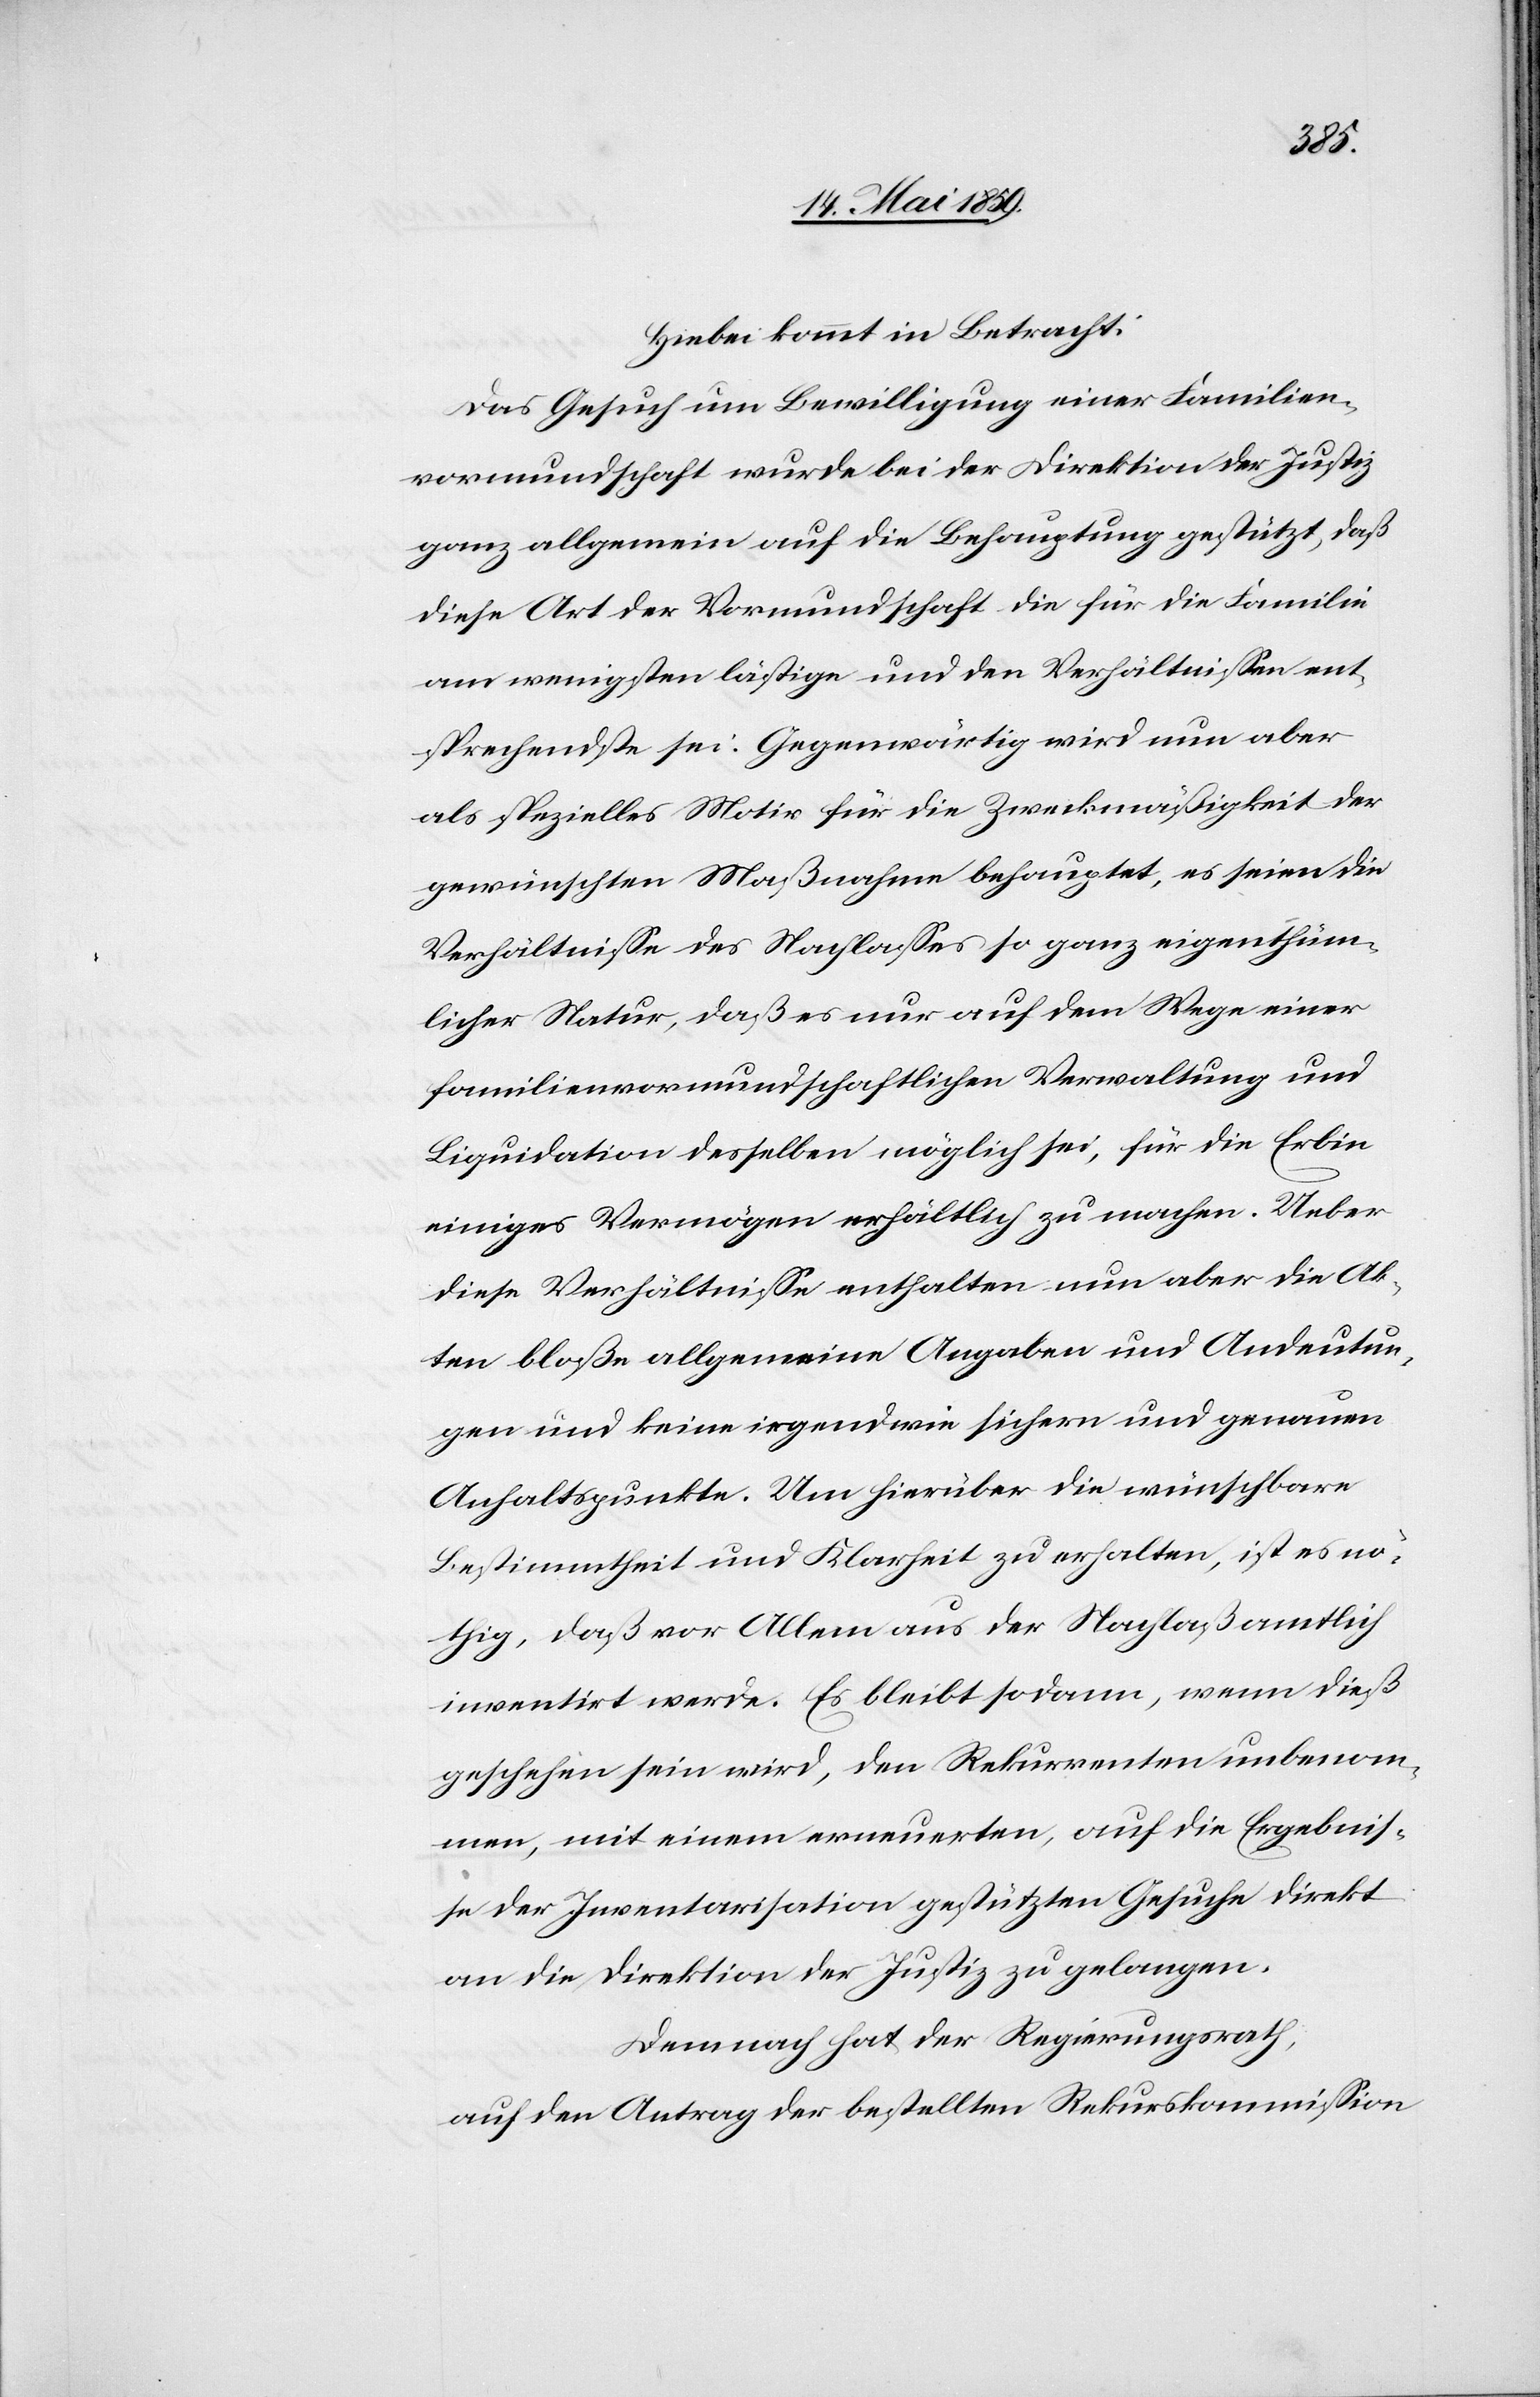
Hiebei kommt in Betracht:
Das Gesuch um Bewilligung einer Familien¬
vormundschaft wurde bei der Direktion der Justiz
ganz allgemein auf die Behauptung gestützt, daß
diese Art der Vormundschaft die für die Familie
am wenigsten lästige und den Verhältnißen ent¬
sprechendste sei. Gegenwärtig wird nun aber
als spezielles Motiv für die Zweckmäßigkeit der
gewünschten Maßnahme behauptet, es seien die
Verhältniße des Nachlaßes so ganz eigenthüm¬
licher Natur, daß es nur auf dem Wege einer
familienvormundschaftlichen Verwaltung und
Liquidation desselben möglich sei, für die Erbin
einiges Vermögen erhältlich zu machen. Ueber
diese Verhältniße enthalten nun aber die Ak¬
ten bloße allgemeine Angaben und Andeutun¬
gen und keine irgendwie sichern und genauen
Anhaltspunkte. Um hierüber die wünschbare
Bestimmtheit und Klarheit zu erhalten, ist es nö¬
thig, daß vor Allem aus der Nachlaß amtlich
inventirt werde. Es bleibt sodann, wenn dieß
geschehen sein wird, den Rekurrenten unbenom¬
men, mit einem erneuerten, auf die Ergebniß¬
e der Inventarisation gestützten Gesuche direkt
an die Direktion der Justiz zu gelangen.
Demnach hat der Regierungsrath,
auf den Antrag der bestellten Rekurskommißion